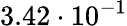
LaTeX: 3.42\cdot 10^{-1}